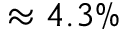
\approx 4 . 3 \%